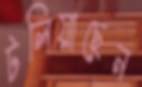
টলিয়াছেন